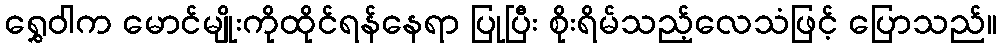
ရွှေဝါက မောင်မျိုးကိုထိုင်ရန်နေရာ ပြုပြီး စိုးရိမ်သည့်လေသံဖြင့် ပြောသည်။